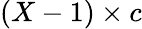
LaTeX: (X-1)\times c